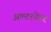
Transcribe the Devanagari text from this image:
अल्‍टरनेटर